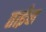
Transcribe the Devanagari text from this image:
ताईंचा